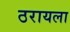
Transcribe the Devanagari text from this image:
ठरायला